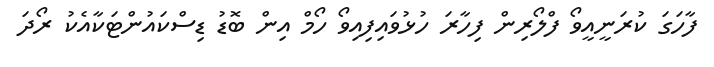
ފާހަގަ ކުރަނީއީވޯ ފްލޯރިން ފިހާރަ ހުޅުވައިފިއިވޯ ހޯމް އިން ބޮޑު ޑިސްކައުންޓަކާއެކު ރޯދަ